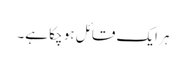
ہر ایک قائل ہو چکا ہے۔